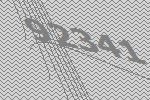
92341